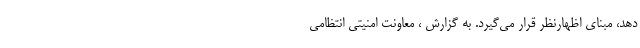
دهد، مبنای اظهارنظر قرار می‌گیرد. به گزارش ، معاونت امنیتی انتظامی